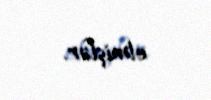
etmişlər.